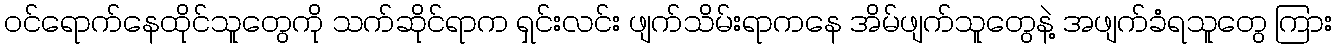
ဝင်ရောက်နေထိုင်သူတွေကို သက်ဆိုင်ရာက ရှင်းလင်း ဖျက်သိမ်းရာကနေ အိမ်ဖျက်သူတွေနဲ့ အဖျက်ခံရသူတွေ ကြား